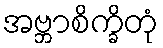
အဗ္ဘာစိက္ခိတုံ